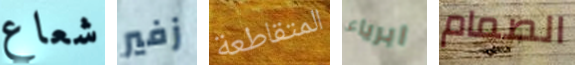
شعاع زفير المتقاطعة ابرياء الصمام